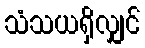
သံသယရှိလျှင်